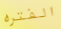
الفتره